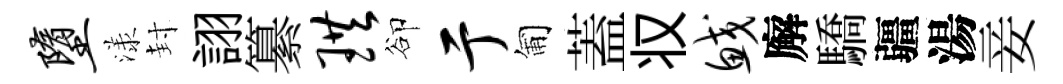
堕漾封詡纂珙卻亍匍蓋𠬧鲛廨驕疆湯妾